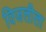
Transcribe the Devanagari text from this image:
विजलीला